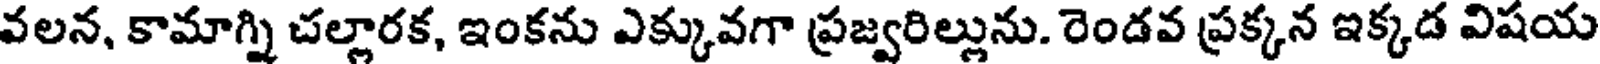
వలన, కామాగ్ని చల్లారక, ఇంకను ఎక్కువగా ప్రజ్వరిల్లును. రెండవ ప్రక్కన ఇక్కడ విషయ